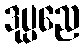
ဒုပ္ပညေ